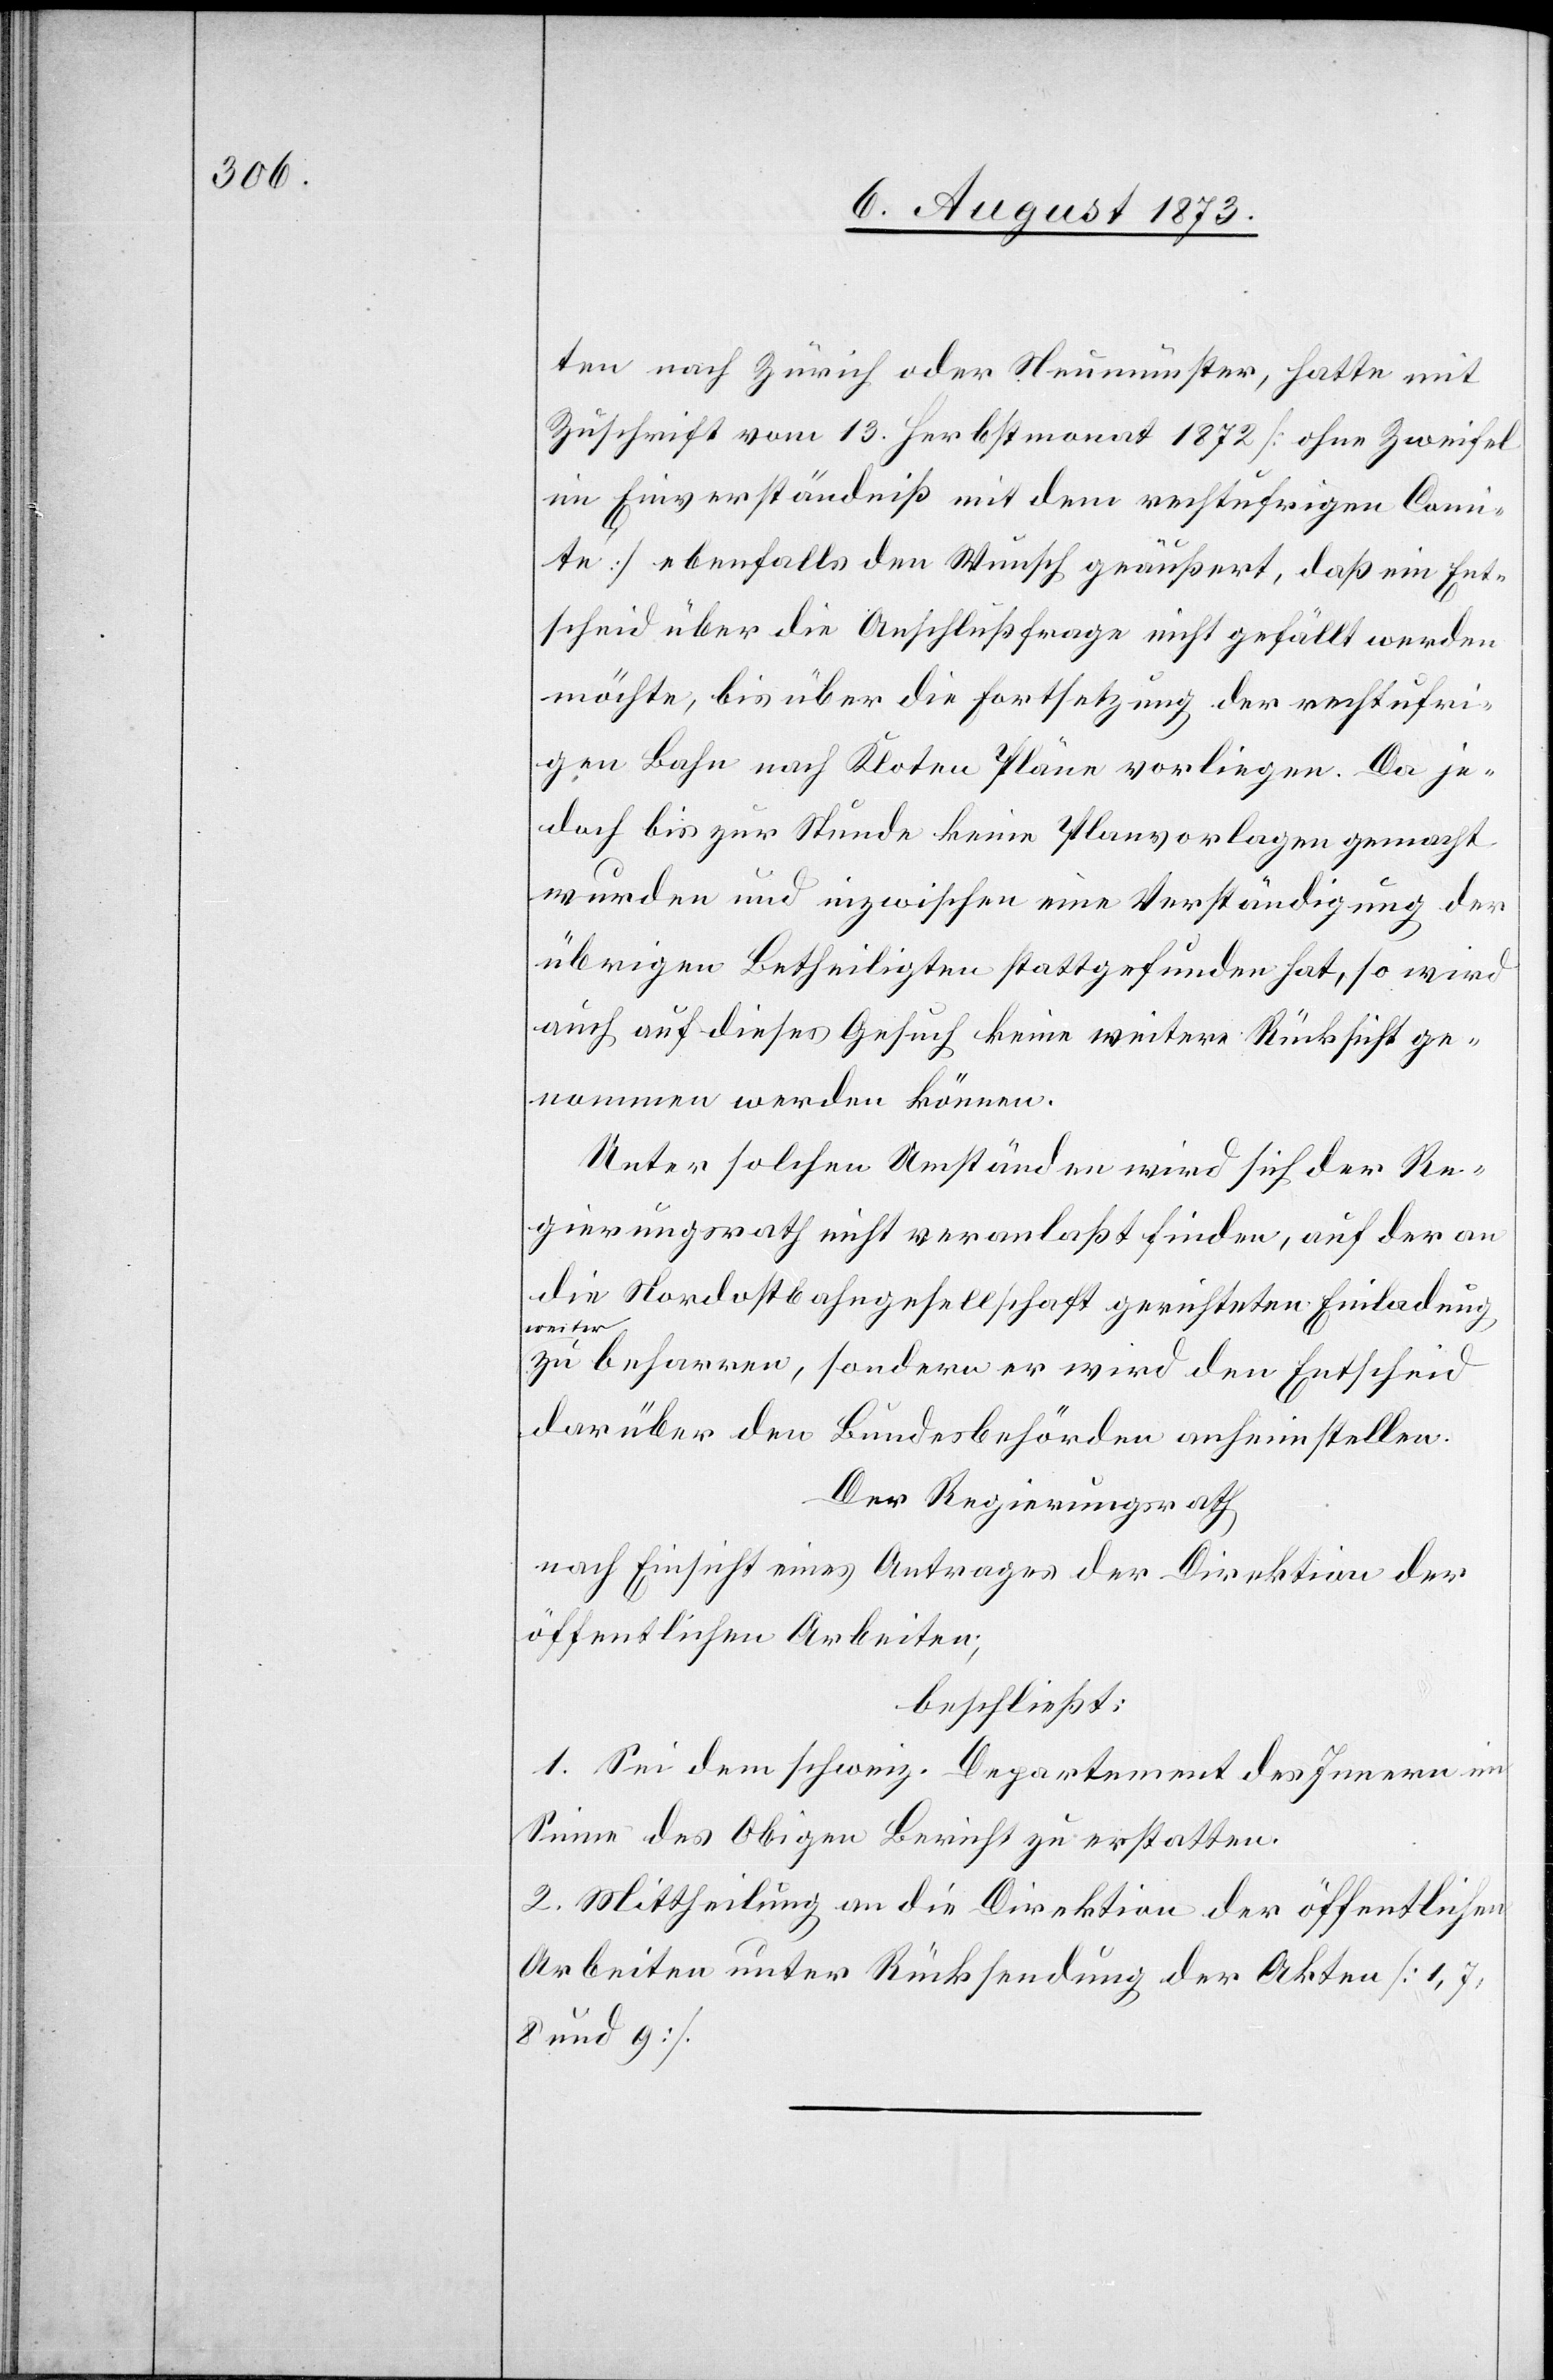
ten nach Zürich oder Neumünster, hatte mit
Zuschrift vom 13. Herbstmonat 1872 [ohne Zweifel
im Einverständniß mit dem rechtufrigen Comi¬
té] ebenfalls den Wunsch geäußert, daß ein Ent¬
scheid über die Anschlußfrage nicht gefällt werden
möchte, bis über die Fortsetzung der rechtufri¬
gen Bahn nach Kloten Pläne vorliegen. Da je¬
doch bis zur Stunde keine Planvorlagen gemacht
wurden und inzwischen eine Verständigung der
übrigen Betheiligten stattgefunden hat, so wird
auch auf dieses Gesuch keine weitere Rücksicht ge¬
nommen werden können.
Unter solchen Umständen wird sich der Re¬
gierungsrath nicht veranlaßt finden, auf der an
die Nordostbahngesellschaft gerichteten Einladung
weiter
zu beharren, sondern er wird den Entscheid
darüber den Bundesbehörden anheimstellen.
Der Regierungsrath
nach Einsicht eines Antrages der Direktion der
öffentlichen Arbeiten,
beschließt:
1. Sei dem schweiz. Departement des Innern im
Sinne des Obigen Bericht zu erstatten.
2. Mittheilung an die Direktion der öffentlichen
Arbeiten unter Rücksendung der Akten [1, 7,
8 und 9].